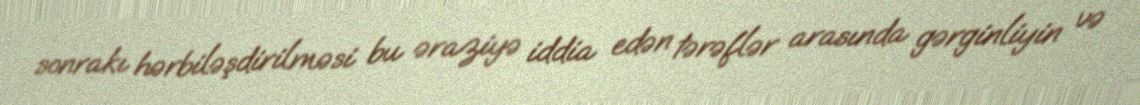
sonrakı hərbiləşdirilməsi bu əraziyə iddia edən tərəflər arasında gərginliyin və